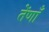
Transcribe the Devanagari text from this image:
तेंणाँ